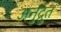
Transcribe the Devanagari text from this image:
अनुद्रुत